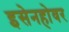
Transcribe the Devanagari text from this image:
इसेनहोवर